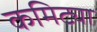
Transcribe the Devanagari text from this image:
कमिट्या